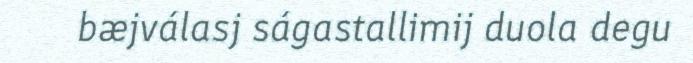
bæjválasj ságastallimij duola degu